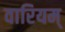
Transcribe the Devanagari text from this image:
वारियम्